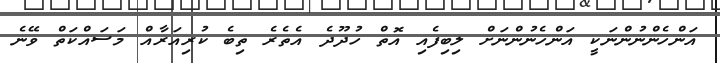
އަންހެންނުންނަކީ އަންހެނުންނަށް ލިބިފެއި އޮތް ހުދޫދެ އެތެރެ ތިބެ ކުރިއަރާއް މަސައްކަތް ވޭނެ